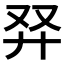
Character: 𠬺